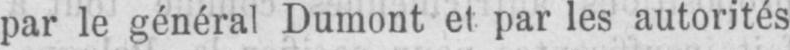
par le général Dumont et par les autorités